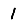
Digit: 1